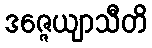
ဒဇ္ဇေယျာသီတိ